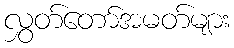
လွှတ်တော်အမတ်များ